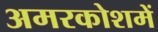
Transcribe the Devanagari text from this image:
अमरकोशमें